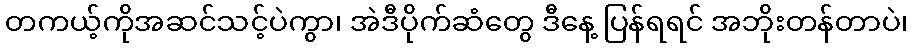
တကယ့်ကိုအဆင်သင့်ပဲကွာ၊ အဲဒီပိုက်ဆံတွေ ဒီနေ့ ပြန်ရရင် အဘိုးတန်တာပဲ၊